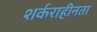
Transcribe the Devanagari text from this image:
शर्कराहीनता